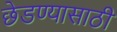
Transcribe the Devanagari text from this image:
छेडण्यासाठी